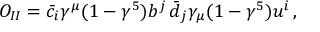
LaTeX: O _ { I I } = \bar { c } _ { i } \gamma ^ { \mu } ( 1 - \gamma ^ { 5 } ) b ^ { j } \, \bar { d } _ { j } \gamma _ { \mu } ( 1 - \gamma ^ { 5 } ) u ^ { i } \, ,